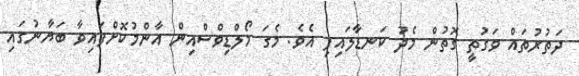
ދަތުރުތައް ވަގުތީ ގޮތުން މެދު ކަނޑާލައިފި އެވެ. މެގަ މޯލްޑިވްސްއިން އާންމުކޮށްފައިވާ ބަޔާނުގައި